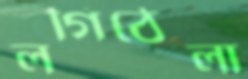
লগিঠেলা